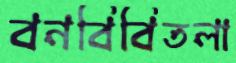
বনবিবিতলা